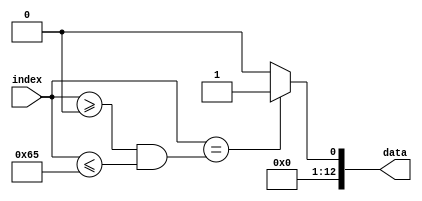
`timescale 1ns / 1ps
//////////////////////////////////////////////////////////////////////////////////
// Company: 
// Engineer: 
// 
// Design Name: 
// Module Name: Mvts
// Project Name: 
// Target Devices: 
// Tool Versions: 
// Description: 
// 
// Dependencies: 
// 
// Revision:
// Revision 0.01 - File Created
// Additional Comments:
// 
//////////////////////////////////////////////////////////////////////////////////


module Mvts(
  input [10:0]index,
  output reg[12:0]data
  );
  parameter p=101;
  
  always @(index)
        case (index)
            (index >= 0 && index <= p): begin
                data <= 13'b1; 
            end
            default: begin
                data <= 13'b00;  
            end
      endcase
     
endmodule